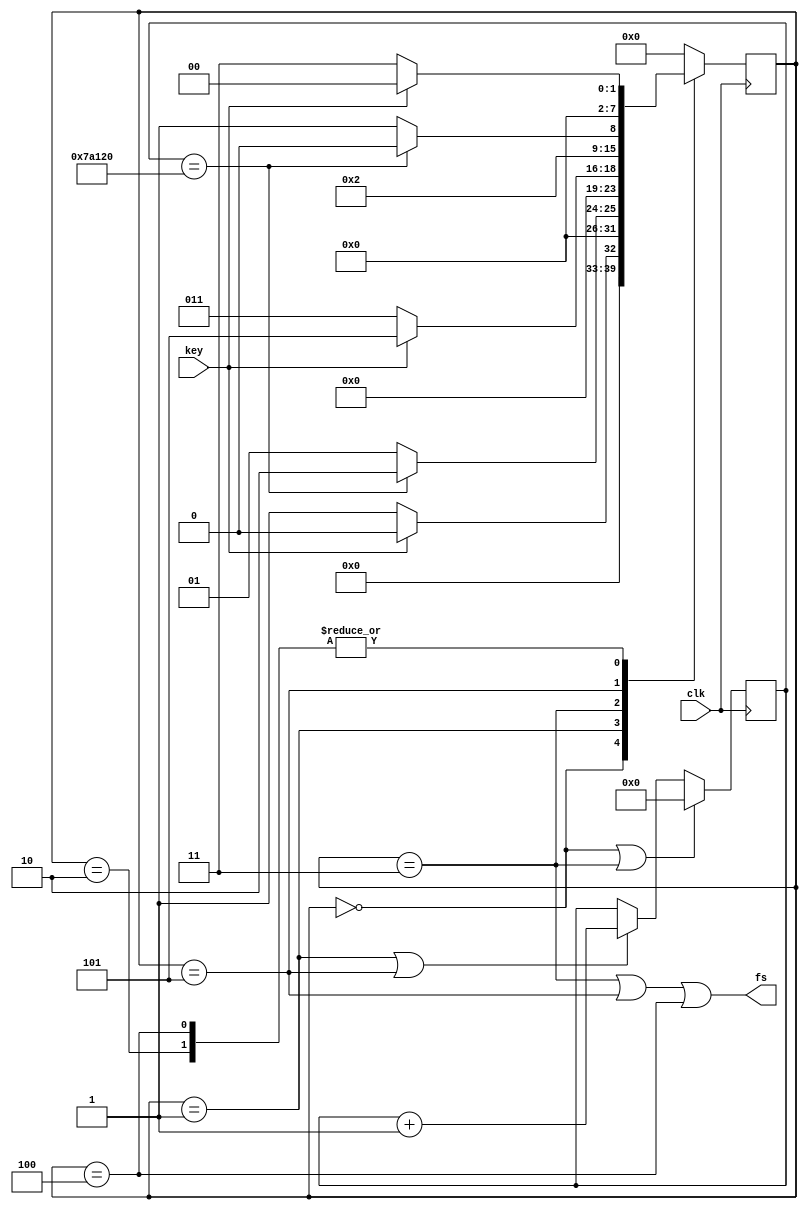
///////////////////////////////////////////
// key.v:
// 
// 10ms
///////////////////////////////////////////
module key(
    input clk, 
    input key,
    
    output fs
);


    localparam MS10 = 32'd500_000;
    localparam MS490 = 32'd24_500_000;
    localparam MS500 = 32'd25_000_000;

    localparam IDLE = 8'h00, WAIT0 = 8'h01, CHECK0 = 8'h02;
    localparam START = 8'h03, CHECK1 = 8'h04, WAIT1 = 8'h05;

    reg [7:0] state, next_state;

    reg [31:0] cnt;

    assign fs = (state == START || state == WAIT1 || state == CHECK1);


    always @(posedge clk) begin
        state <= next_state;
    end

    always@(*) begin
        case(state)
            IDLE: begin
                if(~key) next_state <= WAIT0;
                else next_state <= IDLE;
            end
            WAIT0: begin
                if(cnt == MS10) next_state <= CHECK0;
                else next_state <= WAIT0;
            end
            CHECK0: begin
                if(~key) next_state <= START;
                else next_state <= IDLE;
            end
            START: begin
                if(key) next_state <= WAIT1;
                else next_state <= START;
            end
            WAIT1: begin
                if(cnt == MS10) next_state <= CHECK1;
                else next_state <= WAIT1;
            end
            CHECK1: begin
                if(key) next_state <= IDLE;
                else next_state <= START;
            end
            default: next_state <= IDLE;
        endcase
    end

    always @(posedge clk) begin
        if(state == IDLE || state == START) cnt <= 32'h0;
        else if(state == WAIT0 || state == WAIT1) cnt <= cnt + 1'b1;
        else cnt <= cnt;
    end



endmodule